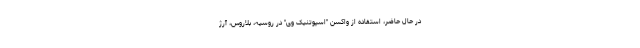
در حال حاضر، استفاده از واکسن "اسپوتنیک وی" در روسیه، بلاروس، آرژ